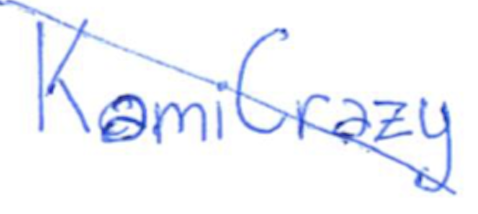
Text: KamiCrazy
Cross-out: mix
Writing tool: ballpoint